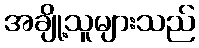
အချို့သူများသည်